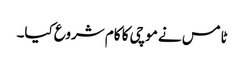
ٹامس نے موچی کا کام شروع کیا۔